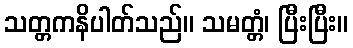
သတ္တကနိပါတ်သည်။ သမတ္တံ၊ ပြီးပြီး။